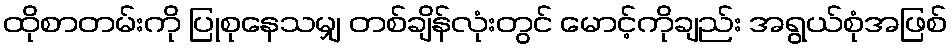
ထိုစာတမ်းကို ပြုစုနေသမျှ တစ်ချိန်လုံးတွင် မောင့်ကိုချည်း အရွယ်စုံအဖြစ်